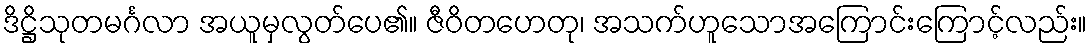
ဒိဋ္ဌိသုတမင်္ဂလာ အယူမှလွတ်ပေ၏။ ဇီဝိတဟေတု၊ အသက်ဟူသောအကြောင်းကြောင့်လည်း။